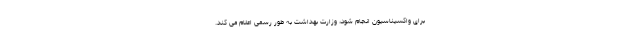
برای واکسیناسیون انجام شود، وزارت بهداشت به طور رسمی اعلام می کند.